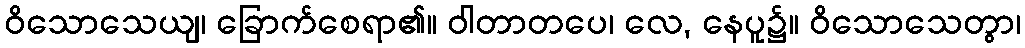
ဝိသောသေယျ၊ ခြောက်စေရာ၏။ ဝါတာတပေ၊ လေ, နေပူ၌။ ဝိသောသေတွာ၊